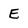
Character: E